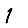
Digit: 1